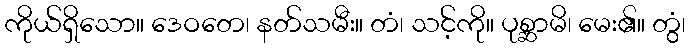
ကိုယ်ရှိသော။ ဒေဝတေ၊ နတ်သမီး။ တံ၊ သင့်ကို။ ပုစ္ဆာမိ၊ မေး၏။ တွံ၊